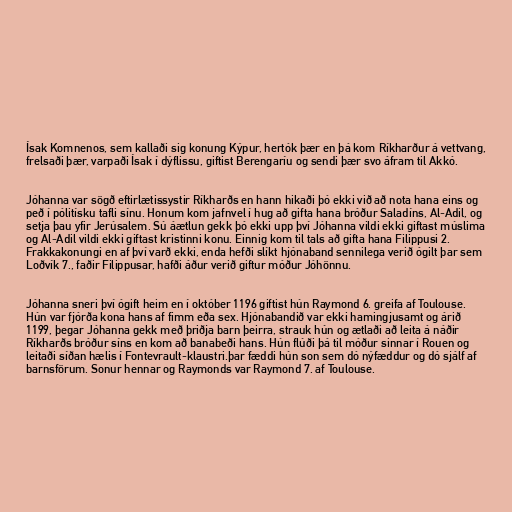
Ísak Komnenos, sem kallaði sig konung Kýpur, hertók þær en þá kom Ríkharður á vettvang,
frelsaði þær, varpaði Ísak í dýflissu, giftist Berengaríu og sendi þær svo áfram til Akkó.

Jóhanna var sögð eftirlætissystir Ríkharðs en hann hikaði þó ekki við að nota hana eins og
peð í pólitísku tafli sínu. Honum kom jafnvel í hug að gifta hana bróður Saladíns, Al-Adil, og
setja þau yfir Jerúsalem. Sú áætlun gekk þó ekki upp því Jóhanna vildi ekki giftast múslima
og Al-Adil vildi ekki giftast kristinni konu. Einnig kom til tals að gifta hana Filippusi 2.
Frakkakonungi en af því varð ekki, enda hefði slíkt hjónaband sennilega verið ógilt þar sem
Loðvík 7., faðir Filippusar, hafði áður verið giftur móður Jóhönnu.

Jóhanna sneri því ógift heim en í október 1196 giftist hún Raymond 6. greifa af Toulouse.
Hún var fjórða kona hans af fimm eða sex. Hjónabandið var ekki hamingjusamt og árið
1199, þegar Jóhanna gekk með þriðja barn þeirra, strauk hún og ætlaði að leita á náðir
Ríkharðs bróður síns en kom að banabeði hans. Hún flúði þá til móður sinnar í Rouen og
leitaði síðan hælis í Fontevrault-klaustri.þar fæddi hún son sem dó nýfæddur og dó sjálf af
barnsförum. Sonur hennar og Raymonds var Raymond 7. af Toulouse.